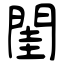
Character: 閨